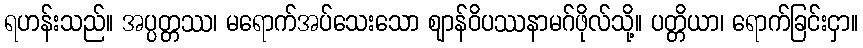
ရဟန်းသည်။ အပ္ပတ္တဿ၊ မရောက်အပ်သေးသော ဈာန်ဝိပဿနာမဂ်ဖိုလ်သို့။ ပတ္တိယာ၊ ရောက်ခြင်းငှာ။